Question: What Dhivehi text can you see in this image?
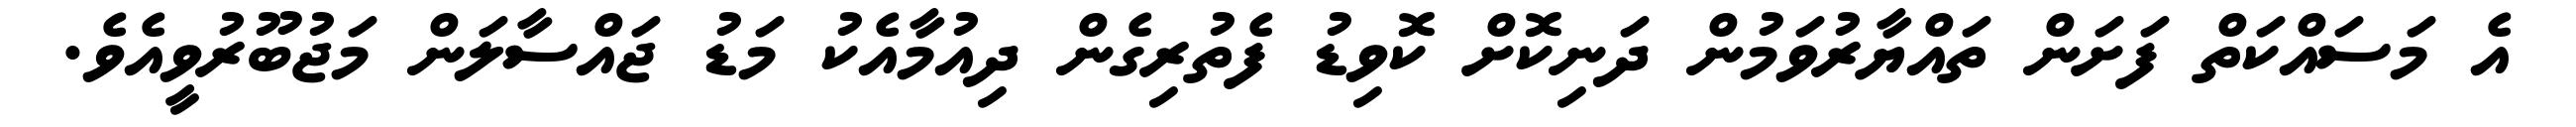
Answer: އެ މަސައްކަތް ފަށަން ތައްޔާރުވަމުން ދަނިކޮށް ކޮވިޑު ފެތުރިގެން ދިއުމާއެކު މަޑު ޖައްސާލަން މަޖުބޫރުވީއެވެ.